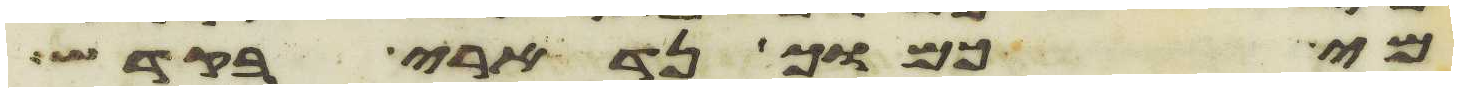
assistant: מי כמוך נדארי בקדש